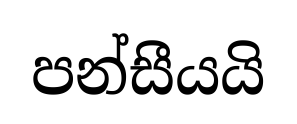
පන්සීයයි